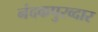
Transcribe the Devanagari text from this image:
नंदकपुरव्दार